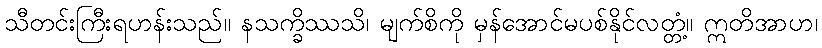
သီတင်းကြီးရဟန်းသည်။ နသက္ခိဿသိ၊ မျက်စိကို မှန်အောင်မပစ်နိုင်လတ္တံ့။ ဣတိအာဟ၊